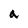
Character: a